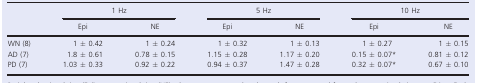
| <ROWSPAN=2>  | <COLSPAN=2> 1 Hz | <COLSPAN=2> 5 Hz | <COLSPAN=2> 10 Hz |
 | Epi | NE | Epi | NE | Epi | NE |
 | --- | --- | --- | --- | --- | --- | --- |
 | WN (8) | 1 ± 0.42 | 1 ± 0.24 | 1 ± 0.32 | 1 ± 0.13 | 1 ± 0.27 | 1 ± 0.15 |
 | AD (7) | 1.8 ± 0.61 | 0.78 ± 0.15 | 1.15 ± 0.28 | 1.17 ± 0.20 | 0.15 ± 0.07* | 0.81 ± 0.12 |
 | PD (7) | 1.03 ± 0.33 | 0.92 ± 0.22 | 0.94 ± 0.37 | 1.47 ± 0.28 | 0.32 ± 0.07* | 0.67 ± 0.10 |